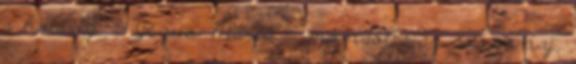
a határig. - Jézus Mária - mondotta az asszony,